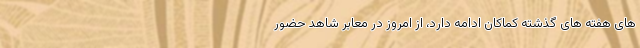
های هفته های گذشته کماکان ادامه دارد، از امروز در معابر شاهد حضور